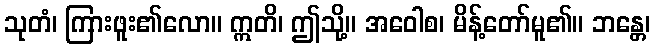
သုတံ၊ ကြားဖူး၏လော။ ဣတိ၊ ဤသို့။ အဝေါစ၊ မိန့်တော်မူ၏။ ဘန္တေ၊